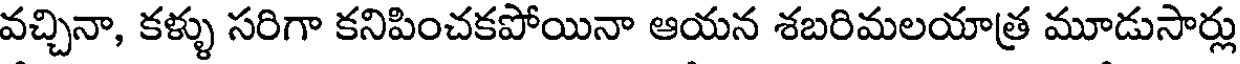
వచ్చినా, కళ్ళు సరిగా కనిపించకపోయినా ఆయన శబరిమలయాత్ర మూడుసార్లు